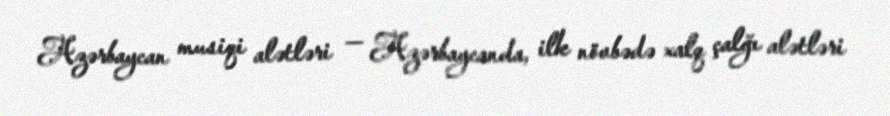
Azərbaycan musiqi alətləri — Azərbaycanda, ilk növbədə xalq çalğı alətləri